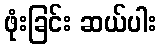
ဖုံးခြင်း ဆယ်ပါး